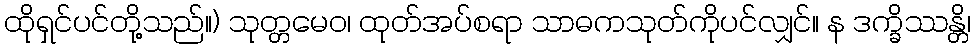
ထိုရှင်ပင်တို့သည်။) သုတ္တမေဝ၊ ထုတ်အပ်စရာ သာဓကသုတ်ကိုပင်လျှင်။ န ဒက္ခိဿန္တိ၊